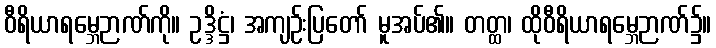
ဝီရိယာရမ္ဘေဉာဏ်ကို။ ဥဒ္ဒိဋ္ဌံ၊ အကျဉ်းပြတော် မူအပ်၏။ တတ္ထ၊ ထိုဝီရိယာရမ္ဘေဉာဏ်၌။